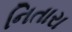
નિતારા